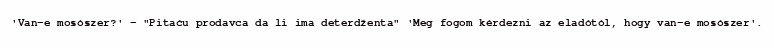
'Van-e mosószer?' – "Pitaću prodavca da li ima deterdženta" 'Meg fogom kérdezni az eladótól, hogy van-e mosószer'.